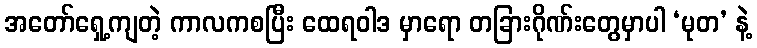
အတော်ရှေ့ကျတဲ့ ကာလကစပြီး ထေရဝါဒ မှာရော တခြားဂိုဏ်းတွေမှာပါ ‘မုတ’ နဲ့